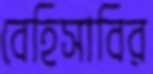
বেহিসাবির